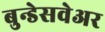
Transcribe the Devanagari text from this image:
बुन्डेसवेअर